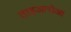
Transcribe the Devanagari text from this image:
ताइआरोआ